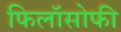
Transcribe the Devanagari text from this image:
फिलॉसोफी